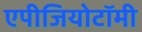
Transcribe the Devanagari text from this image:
एपीजियोटॉमी